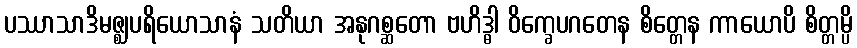
ပဿာသာဒိမဇ္ဈပရိယောသာနံ သတိယာ အနုဂစ္ဆတော ဗဟိဒ္ဓါ ဝိက္ခေပဂတေန စိတ္တေန ကာယောပိ စိတ္တမ္ပိ